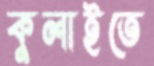
কুলাইতে